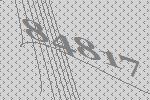
84817